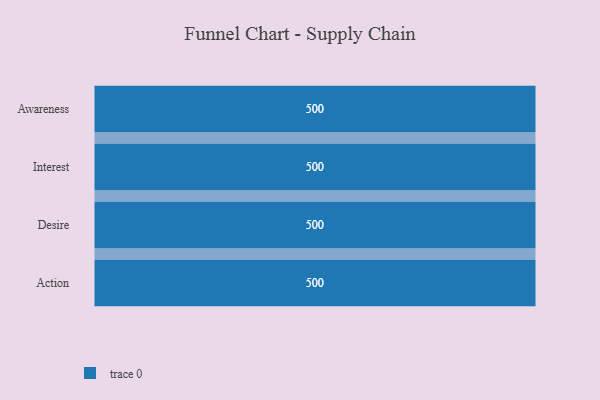
{"axis": {"x": "Stage", "y": "Value"}, "legend": [""], "data": [{"x": "Awareness", "y": 500, "type": ""}, {"x": "Interest", "y": 500, "type": ""}, {"x": "Desire", "y": 500, "type": ""}, {"x": "Action", "y": 500, "type": ""}]}